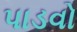
પાડવો